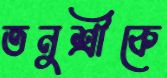
তনুশ্রীকে